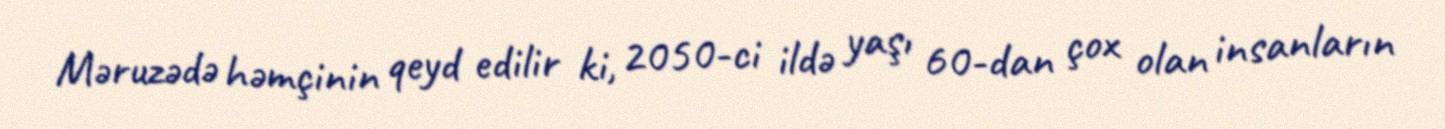
Məruzədə həmçinin qeyd edilir ki, 2050-ci ildə yaşı 60-dan çox olan insanların